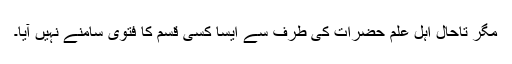
مگر تاحال اہل علم حضرات کی طرف سے ایسا کسی قسم کا فتویٰ سامنے نہیں آیا۔